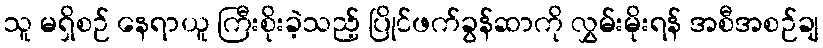
သူ မရှိစဉ် နေရာယူ ကြီးစိုးခဲ့သည့် ပြိုင်ဖက်ခွန်ဆာကို လွှမ်းမိုးရန် အစီအစဉ်ချ